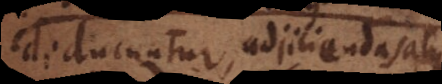
educuntur, adjiciendas